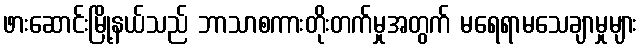
ဖားဆောင်းမြို့နယ်သည် ဘာသာစကားတိုးတက်မှုအတွက် မရေရာမသေချာမှုများ